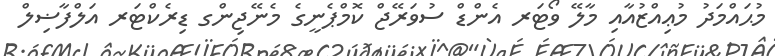
މުޙައްމަދު މުޢިއްޒުއާއި މާލޭ ވޯޓަރ އެންޑް ސުވަރޭޖް ކޮމްޕެނީގެ މެނޭޖިންގ ޑިރެކްޓަރ އަލްފާޟިލް